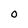
Character: O